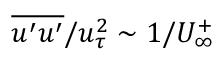
\overline { { u ^ { \prime } u ^ { \prime } } } / u _ { \tau } ^ { 2 } \sim 1 / U _ { \infty } ^ { + }